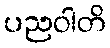
ပညဝါတိ